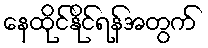
နေထိုင်နိုင်ရန်အတွက်